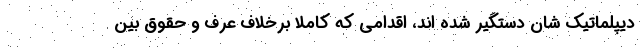
دیپلماتیک شان دستگیر شده اند، اقدامی که کاملا برخلاف عرف و حقوق بین